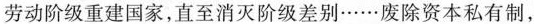
劳动阶级重建国家，直至消灭阶级差别……废除资本私有制，